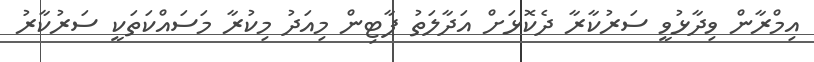
އިމްރާން ވިދާޅުވީ ސަރުކާރާ ދެކޮޅަށް އަދާލަތު ޕާޓިން މިއަދު މިކުރާ މަސައްކަތަކީ ސަރުކާރު